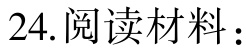
24. 阅读材料：